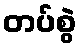
တပ်စွဲ